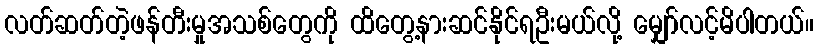
လတ်ဆတ်တဲ့ဖန်တီးမှုအသစ်တွေကို ထိတွေ့နားဆင်နိုင်ရဦးမယ်လို့ မျှော်လင့်မိပါတယ်။